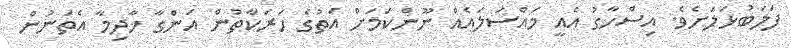
ފަލަބުޅަލަށެވެ. އިސްހާގު އެއީ މައްސަލައެއް ނޫންކަމަށް އަތުގެ ހަރަކާތުން އަންގާ ޚާދިމާ އެތަނުން